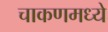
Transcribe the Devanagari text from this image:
चाकणमध्ये